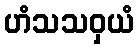
ဟံသသဝှယံ